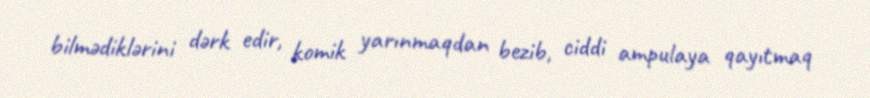
bilmədiklərini dərk edir, komik yarınmaqdan bezib, ciddi ampulaya qayıtmaq